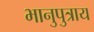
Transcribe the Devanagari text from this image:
भानुपुत्राय